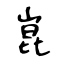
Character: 崑